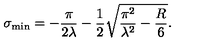
\sigma _ { \mathrm { m i n } } = - \frac { \pi } { 2 \lambda } - \frac { 1 } { 2 } \sqrt { \frac { \pi ^ { 2 } } { \lambda ^ { 2 } } - \frac { R } { 6 } } .